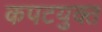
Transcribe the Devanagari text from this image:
कपटयुक्त